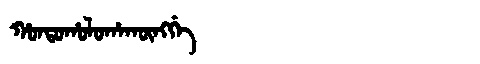
Manchu: ᡥᠣᠨᡨᠣᡥᠣᠯᠣᡥᠠᡴᡡᠩᡤᡝ
Romanization: HONTOHOLOHAKŪNGGE